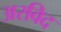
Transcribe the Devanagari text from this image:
अरविद